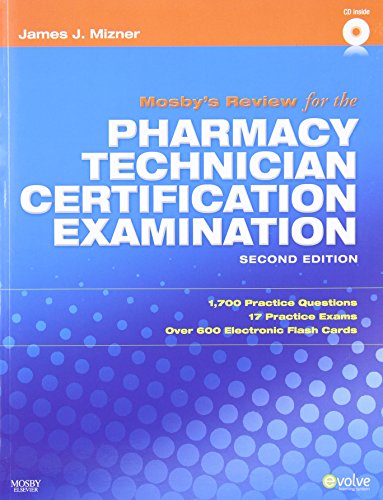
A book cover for Mosby's Review for the Pharmacy Technician Certification Examination, 2e; James J. Mizner BS  MBA  RPh; Medical Books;